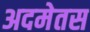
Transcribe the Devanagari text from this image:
अदमेतस